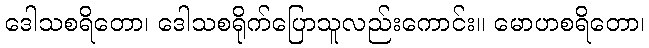
ဒေါသစရိတော၊ ဒေါသစရိုက်ပြောသူလည်းကောင်း။ မောဟစရိတော၊